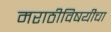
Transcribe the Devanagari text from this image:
मराठीविषयीचा